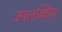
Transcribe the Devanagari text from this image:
उपलब्धिय